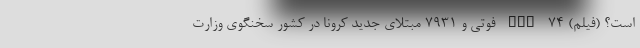
است؟ (فیلم) nan ۷۴ فوتی و ۷۹۳۱ مبتلای جدید کرونا در کشور سخنگوی وزارت